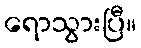
ရောသွားပြီ။